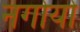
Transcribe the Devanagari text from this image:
नगोयो